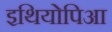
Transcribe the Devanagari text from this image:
इथियोपिआ